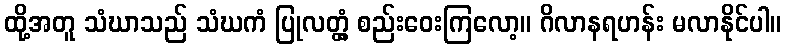
ထို့အတူ သံဃာသည် သံဃကံ ပြုလတ္တံ့ စည်းဝေးကြလော့။ ဂိလာနရဟန်း မလာနိုင်ပါ။